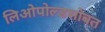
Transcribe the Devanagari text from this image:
लिओपोल्डसोबत